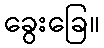
ခွေးခြေ။